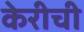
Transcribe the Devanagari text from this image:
केरीची